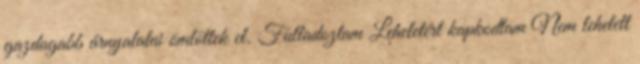
gazdagabb árnyalatai ömlöttek el. Fulladoztam Leheletért kapkodtam Nem lehetett